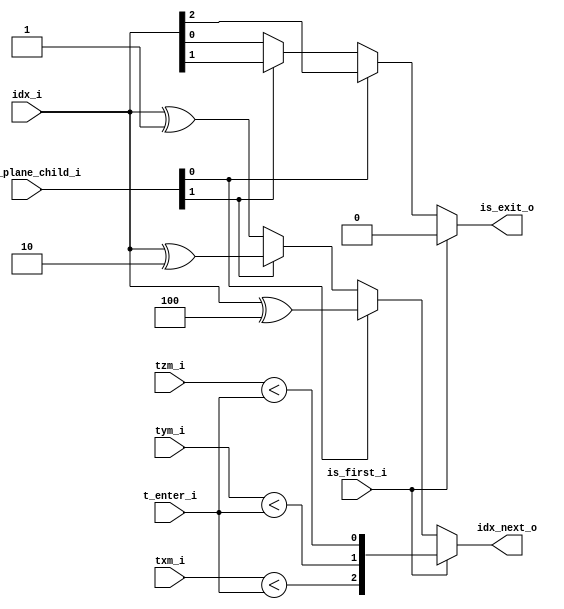

module raycast_core_idx
	(
		is_first_i, idx_i,
		txm_i, tym_i, tzm_i,
		t_enter_i,
		exit_plane_child_i,
		
		idx_next_o,
		is_exit_o,
	);
	
	// = Parameters =
	parameter dw = 32; // Data width
	// --
	
	// = Ports =
	input is_first_i;
	input [2:0]idx_i;
	
	input signed [dw-1:0] txm_i, tym_i, tzm_i;
	input signed [dw-1:0] t_enter_i;
	input [1:0] exit_plane_child_i;
	
	output reg [2:0]idx_next_o;
	output reg is_exit_o;
	// --
	
	// = Wires =

								
	// --
	
	always @(is_first_i, idx_i, txm_i, tym_i, tzm_i, t_enter_i, exit_plane_child_i)
	begin
		is_exit_o = 0;
		if (is_first_i) begin
			idx_next_o <= {txm_i < t_enter_i, tym_i < t_enter_i, tzm_i < t_enter_i};
		end
		else begin
			if (exit_plane_child_i[0]) begin
				idx_next_o <= idx_i ^ 3'b100;
				is_exit_o = idx_i[2];
			end
			else if (exit_plane_child_i[1]) begin
				idx_next_o <= idx_i ^ 3'b010;
				is_exit_o = idx_i[1];
			end
			else begin
				idx_next_o <= idx_i ^ 3'b001;
				is_exit_o = idx_i[0];
			end
		end
	end
		
endmodule